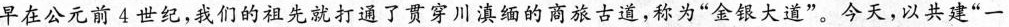
早在公元前4世纪，我们的祖先就打通了贯穿川滇缅的商旅古道，称为”金银大道”。今天，以共建”一